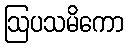
ဩပသမိကော